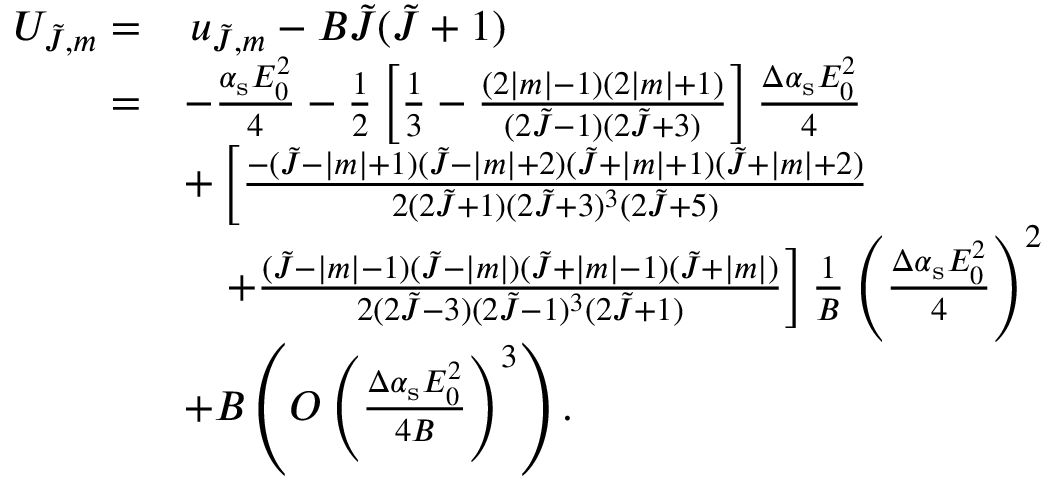
\begin{array} { r l } { U _ { \tilde { J } , m } = } & { \, u _ { \tilde { J } , m } - B \tilde { J } ( \tilde { J } + 1 ) } \\ { = } & { - \frac { \alpha _ { \mathrm { s } } E _ { 0 } ^ { 2 } } { 4 } - \frac 1 2 \left[ \frac 1 3 - \frac { ( 2 | m | - 1 ) ( 2 | m | + 1 ) } { ( 2 \tilde { J } - 1 ) ( 2 \tilde { J } + 3 ) } \right] \frac { \Delta \alpha _ { \mathrm { s } } E _ { 0 } ^ { 2 } } { 4 } } \\ & { + \left[ \frac { - ( \tilde { J } - | m | + 1 ) ( \tilde { J } - | m | + 2 ) ( \tilde { J } + | m | + 1 ) ( \tilde { J } + | m | + 2 ) } { 2 ( 2 \tilde { J } + 1 ) ( 2 \tilde { J } + 3 ) ^ { 3 } ( 2 \tilde { J } + 5 ) } \right. } \\ & { \hphantom { + } \left. + \frac { ( \tilde { J } - | m | - 1 ) ( \tilde { J } - | m | ) ( \tilde { J } + | m | - 1 ) ( \tilde { J } + | m | ) } { 2 ( 2 \tilde { J } - 3 ) ( 2 \tilde { J } - 1 ) ^ { 3 } ( 2 \tilde { J } + 1 ) } \right] \frac { 1 } { B } \left( \frac { \Delta \alpha _ { \mathrm { s } } E _ { 0 } ^ { 2 } } { 4 } \right) ^ { 2 } } \\ & { + B \left( O \left( \frac { \Delta \alpha _ { \mathrm { s } } E _ { 0 } ^ { 2 } } { 4 B } \right) ^ { 3 } \right) . } \end{array}